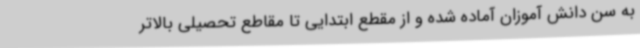
به سن دانش آموزان آماده شده و از مقطع ابتدایی تا مقاطع تحصیلی بالاتر